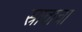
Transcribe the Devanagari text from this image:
स्रावाचा